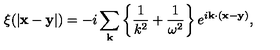
\xi ( | { \bf x - y } | ) = - i \sum _ { \bf k } { \left\{ \frac { 1 } { k ^ { 2 } } + \frac { 1 } { \omega ^ { 2 } } \right\} e ^ { i { \bf k \cdot ( x - y ) } } } ,